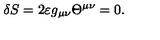
\delta S = 2 \varepsilon g _ { \mu \nu } \Theta ^ { \mu \nu } = 0 .